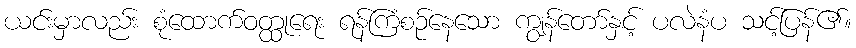
ယင်းမှာလည်း စုံထောက်ဝတ္ထုရေး ရန်ကြံစဉ်နေသော ကျွန်တော်နှင့် ပလဲနံပ သင့်ပြန်၏။